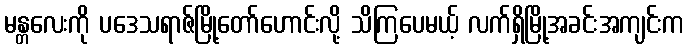
မန္တလေးကို ပဒေသရာဇ်မြို့တော်ဟောင်းလို့ သိကြပေမယ့် လက်ရှိမြို့အခင်းအကျင်းက